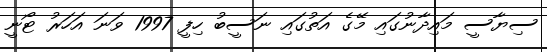
ސިޔާސީ މައިދާނުގައި މޭގެ އަތުގައި ނަސީބު ހިފީ 1997 ވަނަ އަހަރު ޓޯނީ